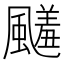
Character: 𩘭